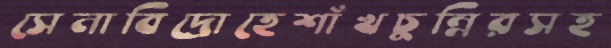
সেনাবিদ্রোহেশাঁখচুন্নিরসহ